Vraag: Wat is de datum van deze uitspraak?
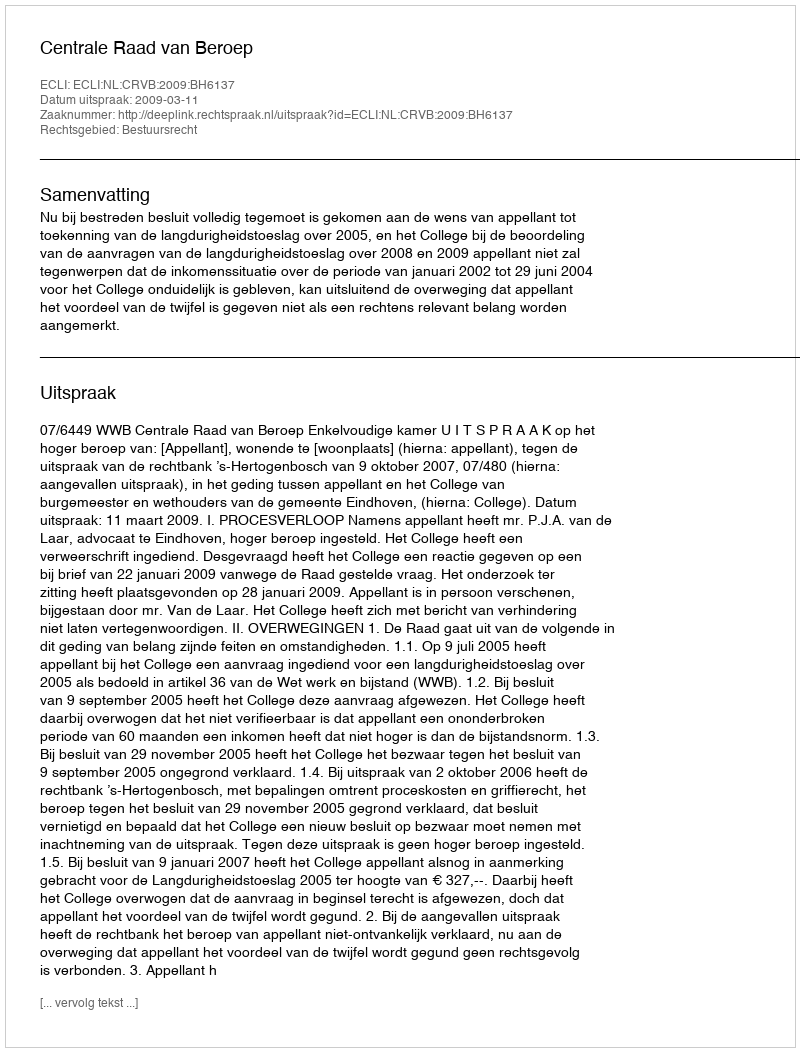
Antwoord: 2009-03-11